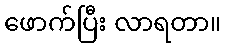
ဖောက်ပြီး လာရတာ။